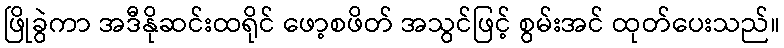
ဖြိုခွဲကာ အဒီနိုဆင်းထရိုင် ဖော့စဖိတ် အသွင်ဖြင့် စွမ်းအင် ထုတ်ပေးသည်။